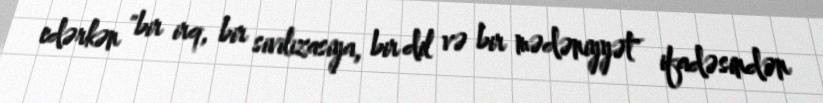
edərkən "bir irq, bir sivilizasiya, bir dil və bir mədəniyyət" ifadəsindən